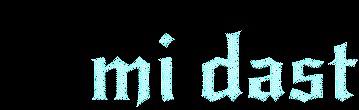
mi dast